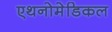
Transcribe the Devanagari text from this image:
एथनोमेडिकल